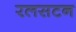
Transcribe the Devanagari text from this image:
रलसटन